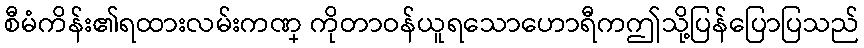
စီမံကိန်း၏ရထားလမ်းကဏ္ ကိုတာဝန်ယူရသောဟောရီကဤသို့ပြန်ပြောပြသည်